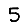
Digit: 5